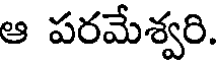
ఆ పరమేశ్వరి.